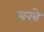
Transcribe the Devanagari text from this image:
बरबे